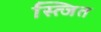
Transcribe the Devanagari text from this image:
स्त्जित